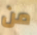
من